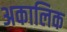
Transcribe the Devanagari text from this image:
अकालिक